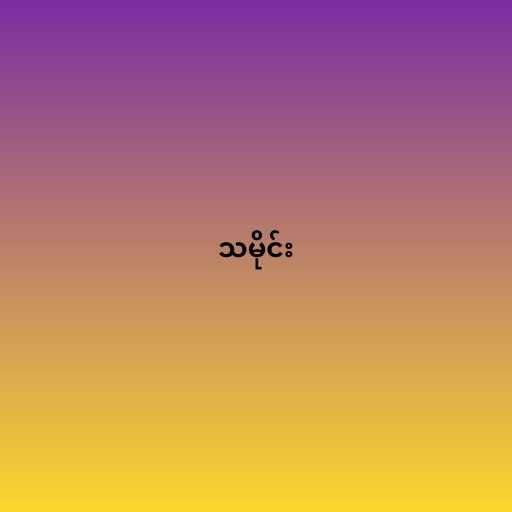
သမိုင်း